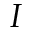
I